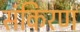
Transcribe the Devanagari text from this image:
संकिरण